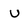
Character: U